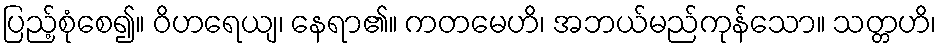
ပြည့်စုံစေ၍။ ဝိဟရေယျ၊ နေရာ၏။ ကတမေဟိ၊ အဘယ်မည်ကုန်သော။ သတ္တဟိ၊